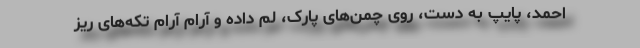
احمد، پایپ به دست، روی چمن‌های پارک، لم داده و آرام آرام تکه‌های ریز